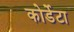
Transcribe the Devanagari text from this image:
कोर्डेटा